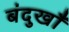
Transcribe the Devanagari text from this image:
बंदुखाँ